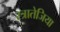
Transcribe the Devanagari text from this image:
स्त्रातेजिया